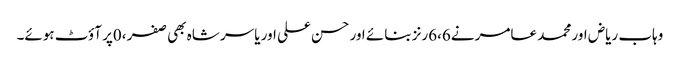
وہاب ریاض اور محمد عامر نے6،6رنز بنائے اور حسن علی اور یاسر شاہ بھی صفر ،0پر آؤٹ ہوئے۔